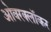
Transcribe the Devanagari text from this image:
ओवरक्लॉकर